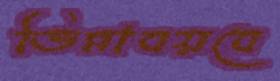
ভিন্নাবয়বে